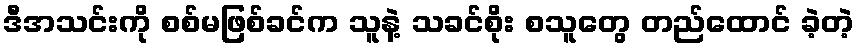
ဒီအသင်းကို စစ်မဖြစ်ခင်က သူနဲ့ သခင်စိုး စသူတွေ တည်ထောင် ခဲ့တဲ့